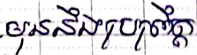
មុននឹងប្រព្រឹត្ត